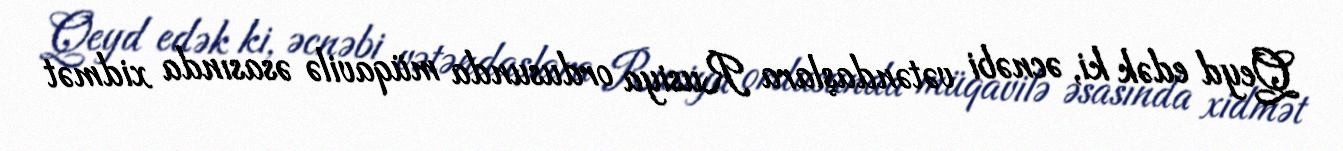
Qeyd edək ki, əcnəbi vətəndaşlara Rusiya ordusunda müqavilə əsasında xidmət